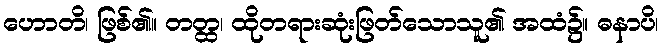
ဟောတိ၊ ဖြစ်၏။ တတ္ထ၊ ထိုတရားဆုံးဖြတ်သောသူ၏ အထံ၌။ ဓနာပိ၊